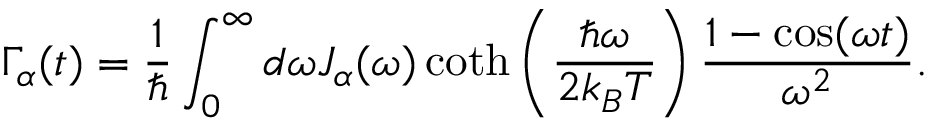
\Gamma _ { \alpha } ( t ) = \frac { 1 } { \hbar } \int _ { 0 } ^ { \infty } d \omega J _ { \alpha } ( \omega ) \coth \left( \frac { \hbar \omega } { 2 k _ { B } T } \right) \frac { 1 - \cos ( \omega t ) } { \omega ^ { 2 } } .